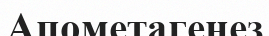
Апометагенез